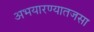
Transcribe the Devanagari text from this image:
अभयारण्यातजसा